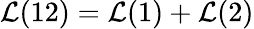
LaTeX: \mathcal{L}(12)=\mathcal{L}(1)+\mathcal{L}(2)